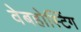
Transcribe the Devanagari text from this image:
वेबहोस्टिंग